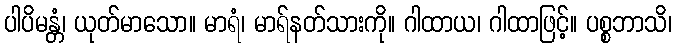
ပါပိမန္တံ၊ ယုတ်မာသော။ မာရံ၊ မာရ်နတ်သားကို။ ဂါထာယ၊ ဂါထာဖြင့်။ ပစ္စဘာသိ၊